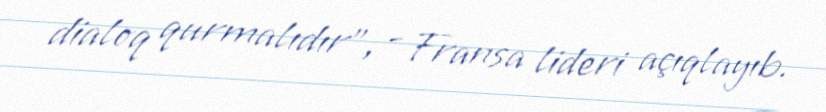
dialoq qurmalıdır", - Fransa lideri açıqlayıb.